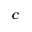
^ { c }